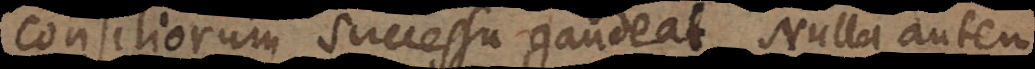
consiliorum successu gaudeat. Nulla autem